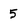
Character: 5